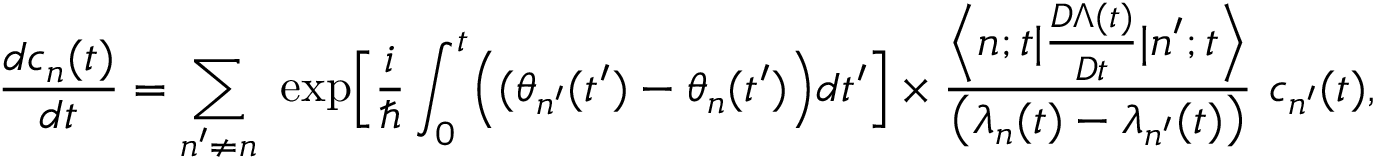
\frac { d c _ { n } ( t ) } { d t } = \sum _ { n ^ { \prime } \ne n } ~ \exp \Bigl [ \frac { i } { \hbar } \int _ { 0 } ^ { t } \Bigl ( ( \theta _ { n ^ { \prime } } ( t ^ { \prime } ) - \theta _ { n } ( t ^ { \prime } ) \Bigr ) d t ^ { \prime } \Bigr ] \times \frac { \Bigl < n ; t | \frac { { \cal D } \Lambda ( t ) } { { \cal D } t } | n ^ { \prime } ; t \Bigr > } { \bigl ( \lambda _ { n } ( t ) - \lambda _ { n ^ { \prime } } ( t ) \bigr ) } ~ c _ { n ^ { \prime } } ( t ) ,